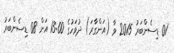
01 ޑިސެންބަރު 2015 ވާ (އަންގާރަ) ދުވަހުގެ 13:00 އަށް 08 ޑިސެންބަރު